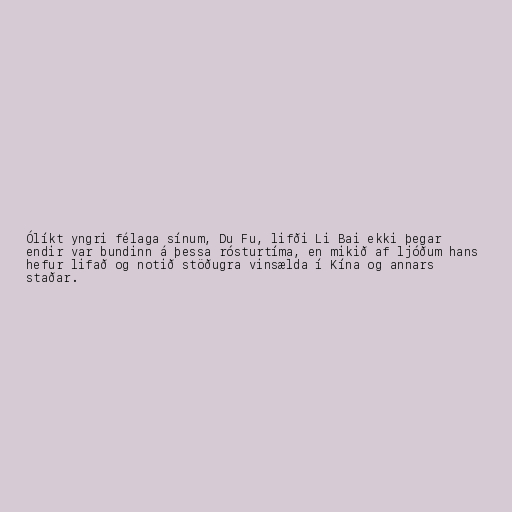
Ólíkt yngri félaga sínum, Du Fu, lifði Li Bai ekki þegar
endir var bundinn á þessa rósturtíma, en mikið af ljóðum hans
hefur lifað og notið stöðugra vinsælda í Kína og annars
staðar.